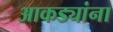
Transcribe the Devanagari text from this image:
आकड्यांना